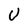
Character: U